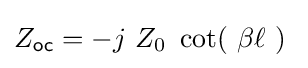
Z_{\mathsf {oc}}=-j\ Z_{0}\ \cot(\ \beta \ell \ )~